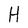
Character: H